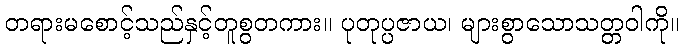
တရားမစောင့်သည်နှင့်တူစွတကား။ ပုတုပ္ပဇာယ၊ များစွာသောသတ္တဝါကို။